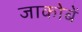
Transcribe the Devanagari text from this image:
जाकोबें